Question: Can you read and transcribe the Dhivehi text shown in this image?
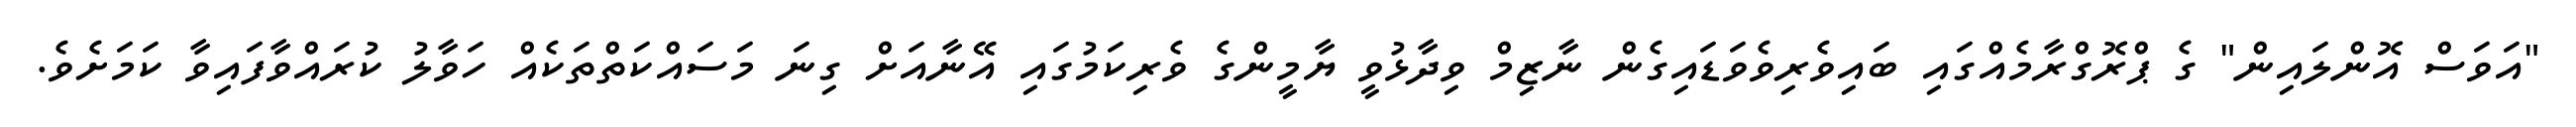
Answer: "އަވަސް އޮންލައިން" ގެ ޕްރޮގްރާމެއްގައި ބައިވެރިވެވަޑައިގެން ނާޒިމް ވިދާޅުވީ ޔާމީންގެ ވެރިކަމުގައި އޭނާއަށް ގިނަ މަސައްކަތްތަކެއް ހަވާލު ކުރައްވާފައިވާ ކަމަށެވެ.